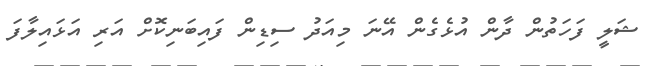
ޝަލީ ފަހަތުން ދާން އުޅެގެން އޭނަ މިއަދު ސިޑިން ފައިބަނިކޮށް އަރި އަޅައިލާފަ